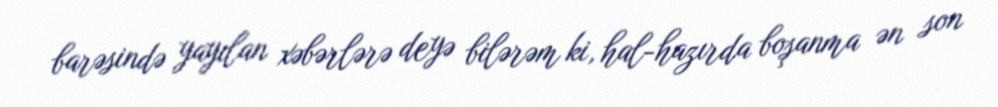
barəsində yayılan xəbərlərə deyə bilərəm ki, hal-hazırda boşanma ən son